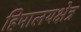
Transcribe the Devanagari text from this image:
हिमालयक्षेत्र